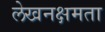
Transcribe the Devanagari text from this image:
लेखनक्षमता